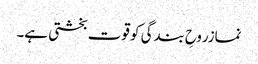
نمازروحِ بندگی کو قوت بخشتی ہے۔